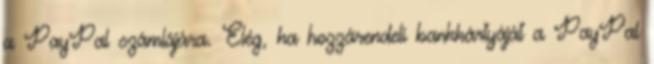
a PayPal számlájára. Elég, ha hozzárendeli bankkártyáját a PayPal